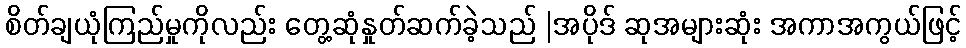
စိတ်ချယုံကြည်မှုကိုလည်း တွေ့ဆုံနှုတ်ဆက်ခဲ့သည် |အပိုဒ် ဆုအများဆုံး အကာအကွယ်ဖြင့်